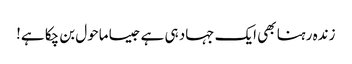
زندہ رہنا بھی ایک جہاد ہی ہے جیسا ماحول بن چکا ہے!